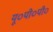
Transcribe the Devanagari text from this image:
यू०पी०पी०